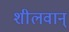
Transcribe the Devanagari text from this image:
शीलवान्